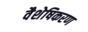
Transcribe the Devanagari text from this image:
वैशेषिकरण